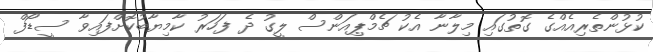
ކުޅުންތެރިއެއްގެ ގޮތުގައި މިލާނާ އެކު ޗެމްޕިއަންސް ލީގު ދެ ފަހަރު ކާމިޔާބުކޮށްފައިވާ ސީޑޯފް